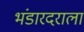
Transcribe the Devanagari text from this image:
भंडारदराला